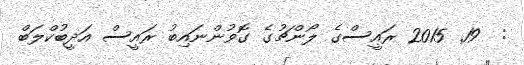
:  19